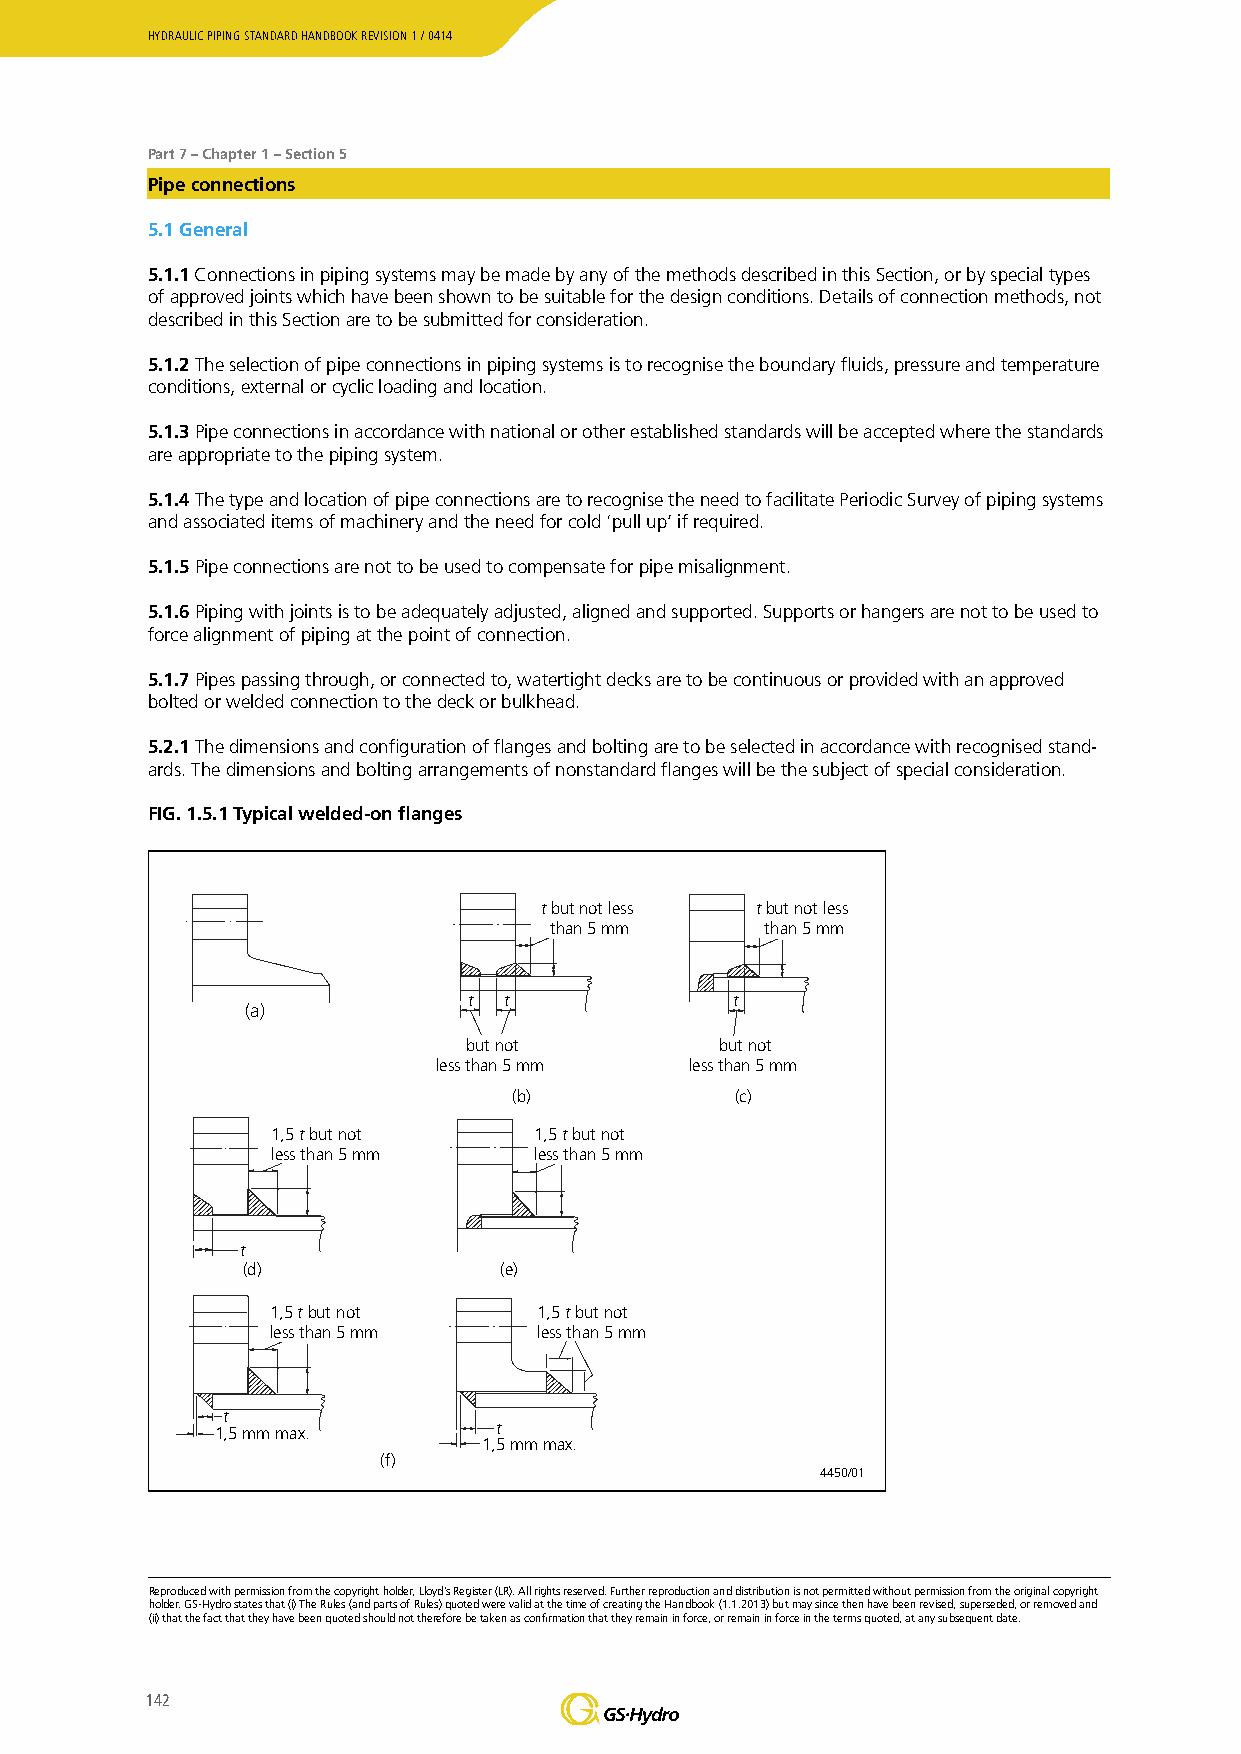
HYDRAULIC PIPING STANDARD HANDBOOK REVISION 1 / 0414
 Part 7 – Chapter 1 – Section 5
 Pipe connections
 5.1 General
 5.1.1 Connections in piping systems may be made by any of the methods described in this Section, or by special types
 of approved joints which have been shown to be suitable for the design conditions. Details of connection methods, not
 described in this Section are to be submitted for consideration.
 5.1.2 The selection of pipe connections in piping systems is to recognise the boundary fluids, pressure and temperature
 conditions, external or cyclic loading and location.
 5.1.3 Pipe connections in accordance with national or other established standards will be accepted where the standards
 are appropriate to the piping system.
 5.1.4 The type and location of pipe connections are to recognise the need to facilitate Periodic Survey of piping systems
 and associated items of machinery and the need for cold ‘pull up’ if required.
 5.1.5 Pipe connections are not to be used to compensate for pipe misalignment.
 5.1.6 Piping with joints is to be adequately adjusted, aligned and supported. Supports or hangers are not to be used to
 force alignment of piping at the point of connection.
 5.1.7 Pipes passing through, or connected to, watertight decks are to be continuous or provided with an approved
 bolted or welded connection to the deck or bulkhead.
 5.2.1 The dimensions and configuration of flanges and bolting are to be selected in accordance with recognised stand-
 ards. The dimensions and bolting arrangements of nonstandard flanges will be the subject of special consideration.
 FIG. 1.5.1 Typical welded-on flanges
 t but not less t but not less
 than 5 mm      than 5 mm
 t t               t
 (a)
 but not          but not
 less than 5 mm   less than 5 mm
 (b)            (c)
 1,5 t but not    1,5 t but not
 less than 5 mm   less than 5 mm
 t
 (d)              (e)
 1,5 t but not     1,5 t but not
 less than 5 mm    less than 5 mm
 t
 1,5 mm max.        t
 1,5 mm max.
 (f)
 4450/01
 Reproduced with permission from the copyright holder, Lloyd’s Register (LR). All rights reserved. Further reproduction and distribution is not permitted without permission from the original copyright
 holder. GS-Hydro states that (i) The Rules (and parts of Rules) quoted were valid at the time of creating the Handbook (1.1.2013) but may since then have been revised, superseded, or removed and
 (ii) that the fact that they have been quoted should not therefore be taken as confirmation that they remain in force, or remain in force in the terms quoted, at any subsequent date.
 142